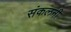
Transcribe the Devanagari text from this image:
संकलनी